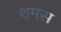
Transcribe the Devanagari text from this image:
शमस